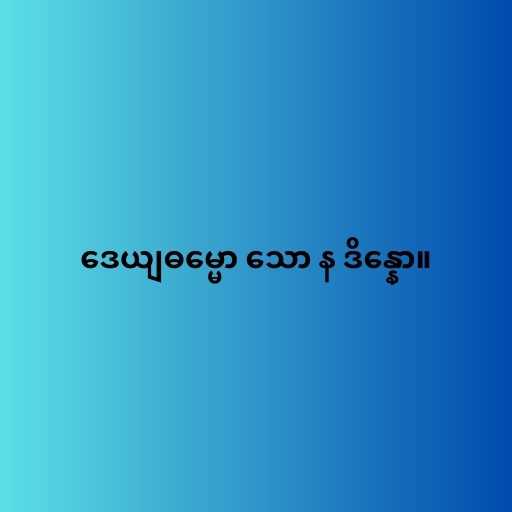
ဒေယျဓမ္မော သော န ဒိန္နော။